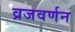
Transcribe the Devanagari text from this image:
व्रजवर्णन